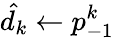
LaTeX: \hat{d_{k}}\gets p_{-1}^{k}